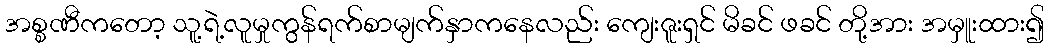
အစ္စဏီကတော့ သူ့ရဲ့လူမှုကွန်ရက်စာမျက်နှာကနေလည်း ကျေးဇူးရှင် မိခင် ဖခင် တို့အား အမှူးထား၍